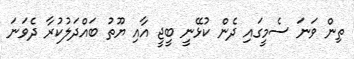
ތިން ވަނަ ސެމީގައި ދެން ކުޅޭނީ ބީޖީ އާއި ޔޫތު ބައްދަލުކުރާ ދެވަނަ